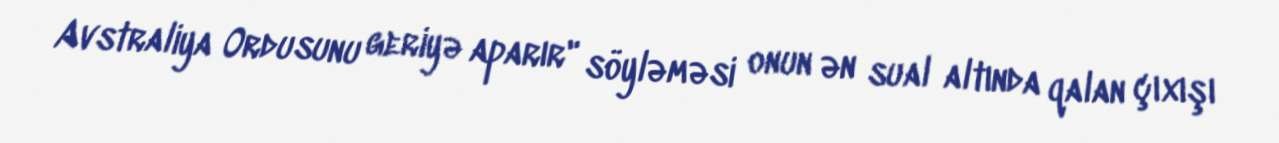
Avstraliya Ordusunu geriyə aparır" söyləməsi onun ən sual altında qalan çıxışı